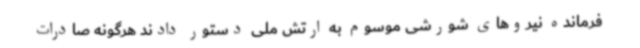
فرمانده نیروهای شورشی موسوم به ارتش ملی دستور دادند هرگونه صادرات